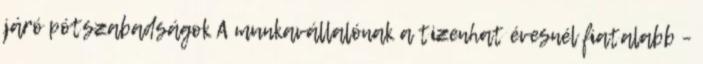
járó pótszabadságok A munkavállalónak a tizenhat évesnél fiatalabb –